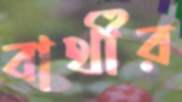
বার্থীর